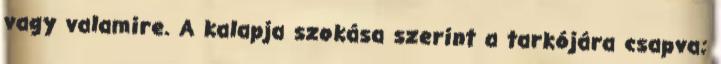
vagy valamire. A kalapja szokása szerint a tarkójára csapva;